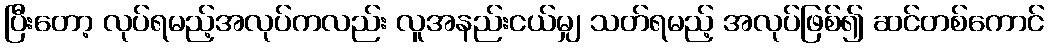
ပြီးတော့ လုပ်ရမည့်အလုပ်ကလည်း လူအနည်းငယ်မျှ သတ်ရမည့် အလုပ်ဖြစ်၍ ဆင်တစ်ကောင်